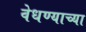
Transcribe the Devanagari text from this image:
वेधण्याच्या